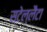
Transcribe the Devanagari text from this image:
स्टेल्लैटा